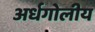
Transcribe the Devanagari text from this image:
अर्धगोलीय